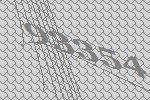
93354